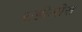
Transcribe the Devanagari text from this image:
राहीलीस